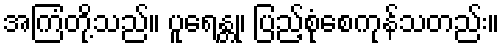
အကြံတို့သည်။ ပူရေန္တု၊ ပြည့်စုံစေကုန်သတည်း။